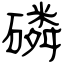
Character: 磷